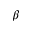
\beta